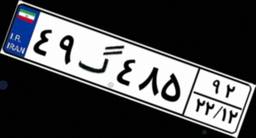
۴۹گ۴۸۵۹۲